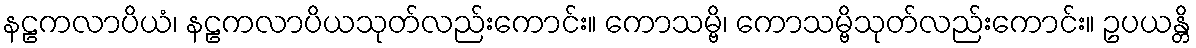
နဠကလာပိယံ၊ နဠကလာပိယသုတ်လည်းကောင်း။ ကောသမ္ဗိ၊ ကောသမ္ဗိသုတ်လည်းကောင်း။ ဥပယန္တိ